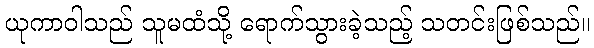
ယုကာဝါသည် သူမထံသို့ ရောက်သွားခဲ့သည့် သတင်းဖြစ်သည်။